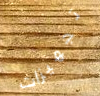
تجهيزات